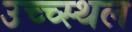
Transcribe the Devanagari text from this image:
उच्च्स्थल